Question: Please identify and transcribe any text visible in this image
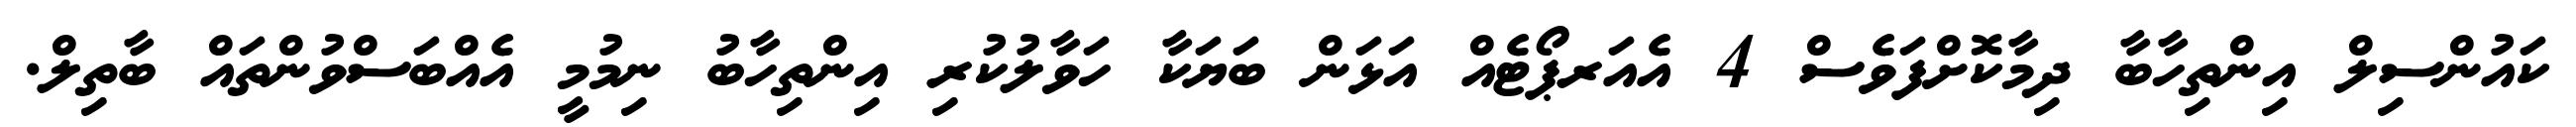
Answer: ކައުންސިލް އިންތިހާބާ ދިމާކޮށްފަވެސް 4 އެއަރޕޯޓެއް އަޅަން ބަޔަކާ ހަވާލުކުރި އިންތިހާބު ނިމުމީ އެއްބަސްވުންތައް ބާތިލް.